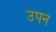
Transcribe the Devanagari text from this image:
उपन